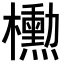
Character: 𪴚